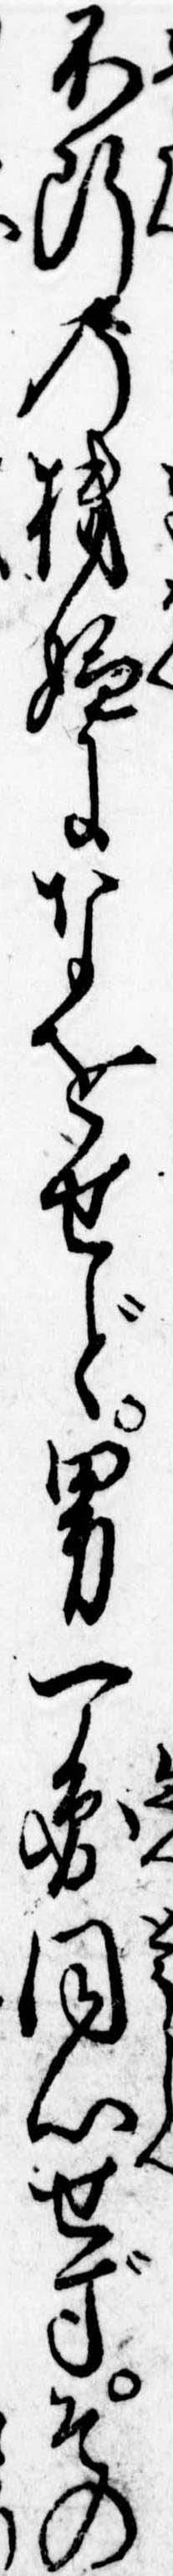
不断の機嫌になをせど男一円同心せずその